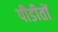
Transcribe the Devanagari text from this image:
पीडीतों